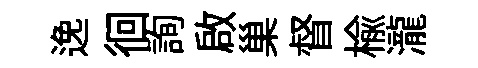
𨓜徊詢啟巢督榆瀧